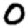
Digit: 0